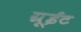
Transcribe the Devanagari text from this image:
ग्रूईट